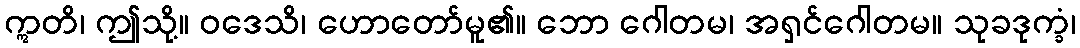
ဣတိ၊ ဤသို့။ ဝဒေသိ၊ ဟောတော်မူ၏။ ဘော ဂေါတမ၊ အရှင်ဂေါတမ။ သုခဒုက္ခံ၊